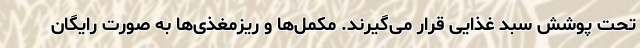
تحت پوشش سبد غذایی قرار می‌گیرند. مکمل‌ها و ریزمغذی‌ها به صورت رایگان